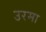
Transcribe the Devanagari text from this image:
उरमा